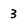
Character: 3